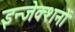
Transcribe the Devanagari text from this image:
इन्जेक्शनों